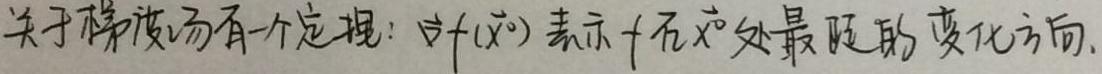
关于梯度场有一个定理：$\nabla f(\vec{x_0})$ 表示 $f$ 在 $\vec{x_0}$ 处最陡的变化方向.